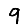
Digit: 9